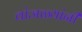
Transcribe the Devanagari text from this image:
वांजळ्यांनी